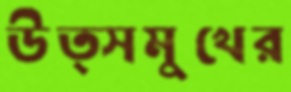
উত্সমুখের